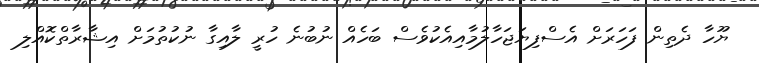
ޔޫހާ ދެތިން ފަހަރަށް އެސްފިޔަޖަހާލުމާއިއެކުވެސް ބަހެއް ނުބުނެ ހުރީ ލާއިގާ ނުކުތުމަށް އިޝާރާތްކޮއްލި